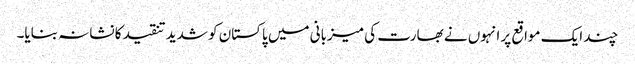
چند ایک مواقع پر انہوں نے بھارت کی میزبانی میں پاکستان کو شدید تنقید کا نشانہ بنایا۔